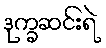
ဒုက္ခဆင်းရဲ